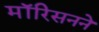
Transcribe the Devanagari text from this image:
मॉरिसनने